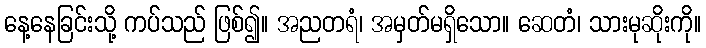
နေ့နေခြင်းသို့ ကပ်သည် ဖြစ်၍။ အညတရံ၊ အမှတ်မရှိသော။ ဆေတံ၊ သားမုဆိုးကို။